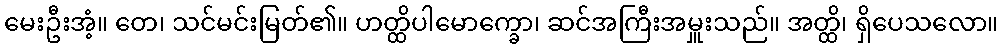
မေးဦးအံ့။ တေ၊ သင်မင်းမြတ်၏။ ဟတ္ထိပါမောက္ခော၊ ဆင်အကြီးအမှူးသည်။ အတ္ထိ၊ ရှိပေသလော။